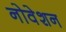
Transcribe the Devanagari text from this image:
नोवेशन